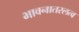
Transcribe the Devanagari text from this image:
भावनातरलत्व